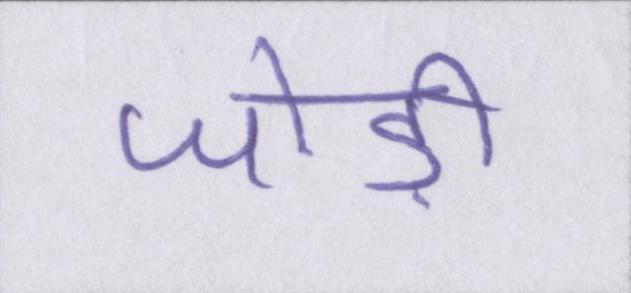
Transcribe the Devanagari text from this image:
जोड़ी